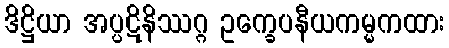
ဒိဋ္ဌိယာ အပ္ပဋိနိဿဂ္ဂ ဥက္ခေပနီယကမ္မကထား